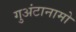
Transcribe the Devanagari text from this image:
गुअंटानामो